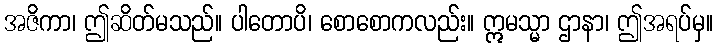
အဇိကာ၊ ဤဆိတ်မသည်။ ပါတောပိ၊ စောစောကလည်း။ ဣမသ္မာ ဌာနာ၊ ဤအရပ်မှ။